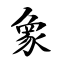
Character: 象